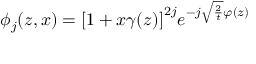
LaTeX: \phi _ { j } ( z , x ) = { [ } 1 + x \gamma ( z ) { ] } ^ { 2 j } e ^ { - j \sqrt { \frac { 2 } { t } } \varphi ( z ) }